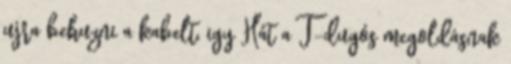
ujra behuzni a kabelt, igy Hát a T-dugós megoldásnak